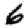
Digit: 6